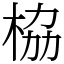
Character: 栛